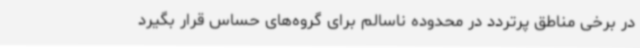
در برخی مناطق پرتردد در محدوده ناسالم برای گروه‌های حساس قرار بگیرد